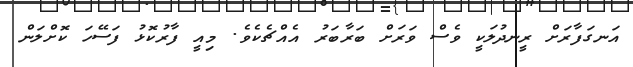
އަނގަފާރަށް ރީނދުލަކީ ވެސް ވަރަށް ބަރާބަރު އެއްޗެކެވެ. މިއީ ފާރުކޮޅު ފަސޭހަ ކޮށްލަން